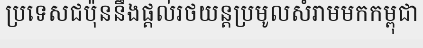
ប្រទេសជប៉ុននឹងផ្តល់រថយន្តប្រមូលសំរាមមកកម្ពុជា